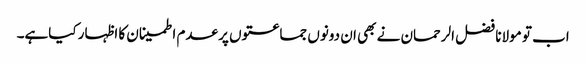
اب تو مولانا فضل الرحمان نے بھی ان دونوں جماعتوں پر عدم اطمینان کا اظہار کیاہے۔